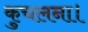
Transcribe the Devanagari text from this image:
कुचलना।